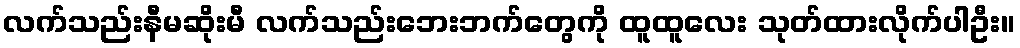
လက်သည်းနီမဆိုးမီ လက်သည်းဘေးဘက်တွေကို ထူထူလေး သုတ်ထားလိုက်ပါဦး။